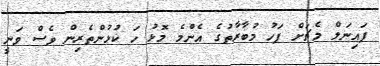
ފައިނަލް މެޗަށް ފަހު މުބާރާތުގެ އެންމެ މޮޅު ހަ ކުޅުންތެރިން ވެސް ވަނީ